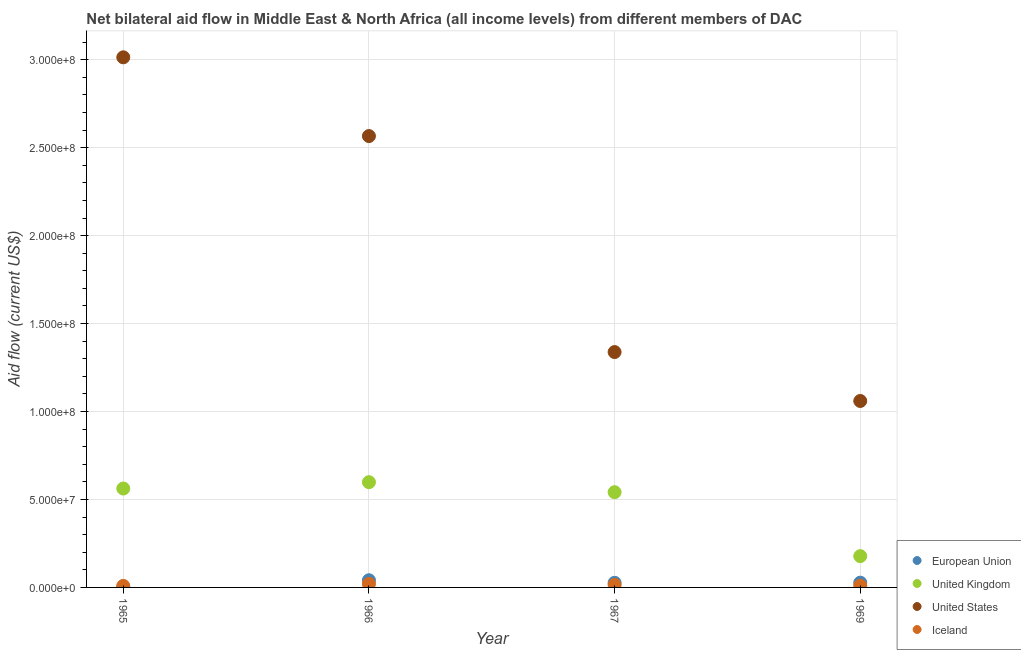
| Year | European Union | United Kingdom | United States | Iceland |
 | --- | --- | --- | --- | --- |
 | 1965 | 2.2e+05 | 5.62e+07 | 3.01e+08 | 8.7e+05 |
 | 1966 | 4.08e+06 | 5.98e+07 | 2.57e+08 | 2.01e+06 |
 | 1967 | 2.62e+06 | 5.41e+07 | 1.34e+08 | 1.44e+06 |
 | 1969 | 2.71e+06 | 1.78e+07 | 1.06e+08 | 9.7e+05 |